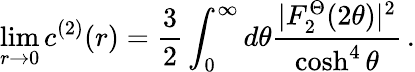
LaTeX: \operatorname*{lim}_{r\rightarrow 0}c^{(2)}(r)=\frac{3}{2}\int_{0}^{\infty}d\theta\frac{|F_{2}^{\Theta}(2\theta)|^{2}}{\cosh^{4}\theta}\, .